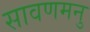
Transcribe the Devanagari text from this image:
सावणमनु